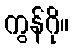
ကွန်ဂို။